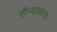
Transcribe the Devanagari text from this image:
सैन्यबळाचा